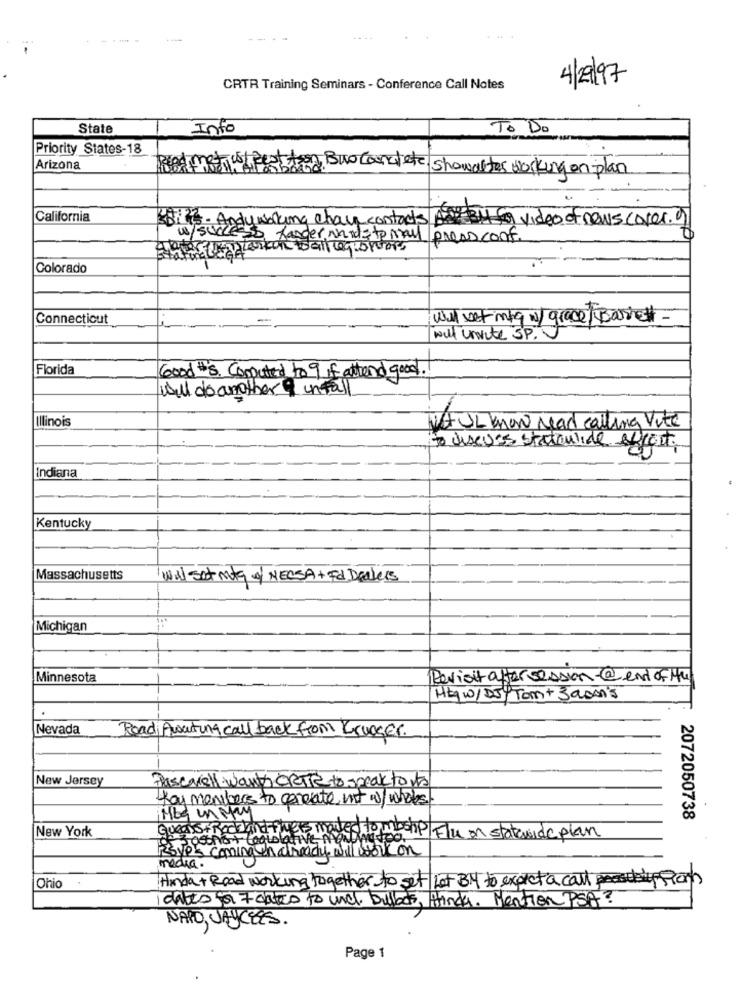
-- -
4/29/97
CRTR Training Seminars - Conference Call Notes
State
Info
To Do
Priority States-18
Arizona
Mustpest tion BuoConcrete showalter working en plan
California
w/she y working chan contacts A: 34 for video of news cover. )
So harder wurde tomu press conf.
Colorado
Connecticut
wal vet mlq w/ grace/ Barrett
wil invite SP.
Florida
Good #s. Computed to 9 if attend good.
will do another unfall
Illinois
Not UL Know read calling Vite
to discuss stataulide effort
Indiana
Kentucky
Massachusetts
Wal sat mag of NECSA + Fd Dealers
Michigan
Minnesota
Revisitaftersession@endofHu
HLW/ DJY Tom+ Jason's
Nevada
Road Awaiting call back from Krueger.
New Jersey
Frascawell worth CRTTe to speak to its
Hoy members to generate mt w/whobs!
Meg in May
2072050738
New York
Queals + Rock and flyers moved to moshp / Flu on statewide plan
Ostra+ Coololative MONDAYtoo
Rsvps coming in already will work on
media.
Ainda + Road working together to set Let BM to expect a call presdestypspor
Ohio .
i dates for + dates to une. bullds, ifinda. Mention PSA ?
NARD, JAYCEES.
Page 1